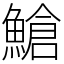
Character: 䱽